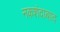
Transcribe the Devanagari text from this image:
नकशंदाबाद